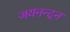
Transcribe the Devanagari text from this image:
जयनन्दन